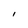
Character: l